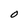
Character: O